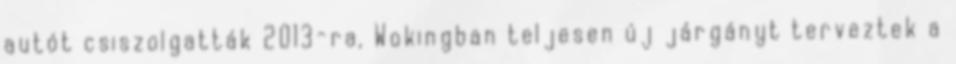
autót csiszolgatták 2013-ra, Wokingban teljesen új járgányt terveztek a